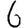
Digit: 6